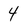
Character: 4